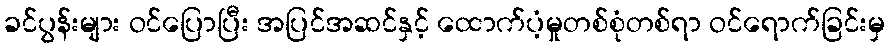
ခင်ပွန်းများ ဝင်ပြောပြီး အပြင်အဆင်နှင့် ထောက်ပံ့မှုတစ်စုံတစ်ရာ ဝင်ရောက်ခြင်းမှ